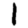
Digit: 1